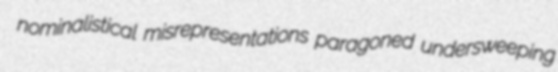
nominalistical misrepresentations paragoned undersweeping